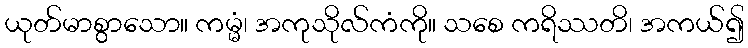
ယုတ်မာစွာသော။ ကမ္မံ၊ အကုသိုလ်ကံကို။ သစေ ကရိဿတိ၊ အကယ်၍